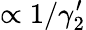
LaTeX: \propto 1/\gamma_{2}^{\prime}